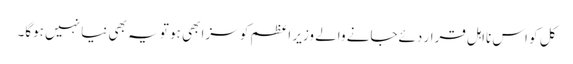
کل کو اس نااہل قرار دئےجانے والے وزیر اعظم کو سزا بھی ہو تو یہ بھی نیا نہیں ہوگا۔